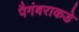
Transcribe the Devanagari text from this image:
पैगंबराकडे